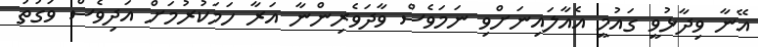
އޭނާ ވިދާޅުވީ ގައުމީ އެއާލައިނަށްވި ނަމަވެސް ވާދަވެރިންނާ އަރާ ހަމަކުރުމަށް އަދިވެސް ވަގުތު